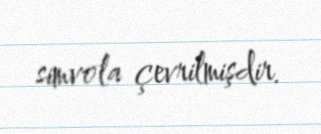
simvola çevrilmişdir.